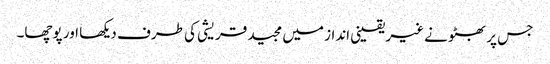
جس پر بھٹو نے غیر یقینی انداز میں مجید قریشی کی طرف دیکھا اور پوچھا۔